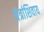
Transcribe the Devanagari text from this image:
यंत्रांशिवाय